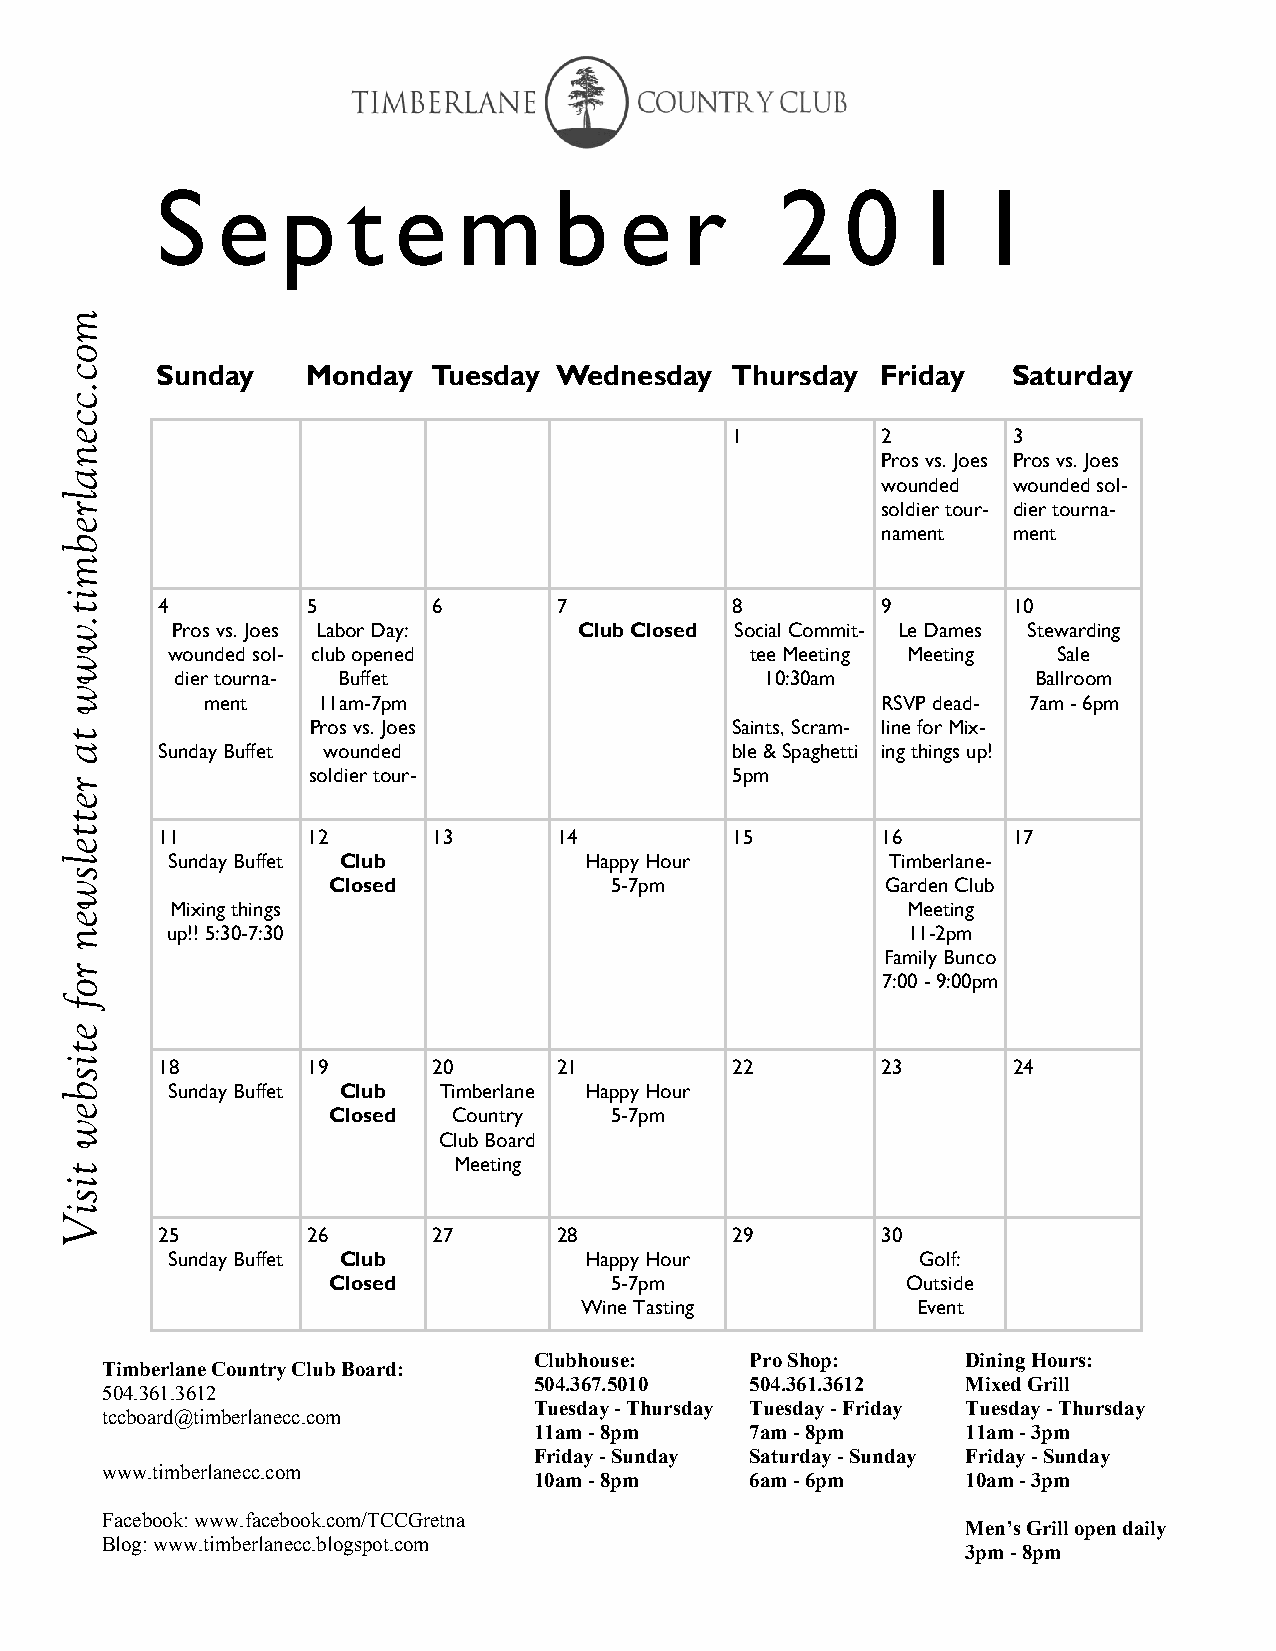
S   e    p   t  e   m      b   e   r      2   0   1    1
 m
 o
 c     Sunday    Monday   Tuesday Wednesday  Thursday  Friday   Saturday
 .
 c
 c
 e                                           1         2        3
 n
 Pros vs. Joes Pros vs. Joes
 a
 wounded  wounded sol-
 l
 r                                                     soldier tour- dier tourna-
 e
 nament   ment
 b
 m
 i
 t     4         5        6       7          8         9        10
 .
 w      Pros vs. Joes Labor Day:   Club Closed Social Commit- Le Dames Stewarding
 wounded sol- club opened               tee Meeting Meeting Sale
 w
 dier tourna- Buffet                    10:30am          Ballroom
 w
 ment    11am-7pm                             RSVP dead- 7am - 6pm
 Pros vs. Joes               Saints, Scram- line for Mix-
 t
 a     Sunday Buffet wounded                 ble & Spaghetti ing things up!
 soldier tour-               5pm
 r
 e
 t
 t     11        12       13      14         15        16       17
 e
 l      Sunday Buffet Club          Happy Hour          Timberlane-
 s
 w                 Closed            5-7pm              Garden Club
 Mixing things                                    Meeting
 e
 n      up!! 5:30-7:30                                   11-2pm
 Family Bunco
 r
 o                                                     7:00 - 9:00pm
 f
 e
 t
 i     18        19       20      21         22        23       24
 s
 b      Sunday Buffet Club Timberlane Happy Hour
 e                 Closed  Country   5-7pm
 w
 Club Board
 Meeting
 t
 i
 s
 i
 V
 25        26       27      28         29        30
 Sunday Buffet Club          Happy Hour            Golf:
 Closed            5-7pm               Outside
 Wine Tasting           Event
 Clubhouse:     Pro Shop:     Dining Hours:
 Timberlane Country Club Board:
 504.367.5010   504.361.3612  Mixed Grill
 504.361.3612
 Tuesday - Thursday Tuesday - Friday Tuesday - Thursday
 tccboard@timberlanecc.com
 11am - 8pm     7am - 8pm     11am - 3pm
 Friday - Sunday Saturday - Sunday Friday - Sunday
 www.timberlanecc.com
 10am - 8pm     6am - 6pm     10am - 3pm
 Facebook: www.facebook.com/TCCGretna
 Men’s Grill open daily
 Blog: www.timberlanecc.blogspot.com
 3pm - 8pm